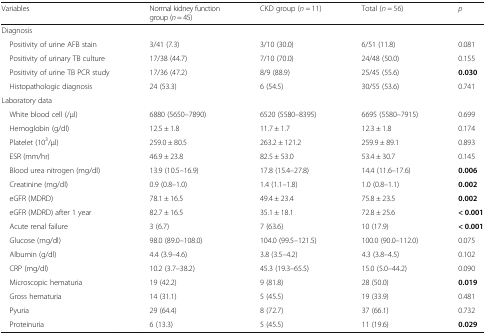
<table><thead><tr><td><b>Variables</b></td><td><b>Normal kidney function group (<i>n</i> = 45)</b></td><td><b>CKD group (<i>n</i> = 11)</b></td><td><b>Total (<i>n</i> = 56)</b></td><td><b><i>p</i></b></td></tr></thead><tbody><tr><td colspan="5">Diagnosis</td></tr><tr><td> Positivity of urine AFB stain</td><td>3/41 (7.3)</td><td>3/10 (30.0)</td><td>6/51 (11.8)</td><td>0.081</td></tr><tr><td> Positivity of urinary TB culture</td><td>17/38 (44.7)</td><td>7/10 (70.0)</td><td>24/48 (50.0)</td><td>0.155</td></tr><tr><td> Positivity of urine TB PCR study</td><td>17/36 (47.2)</td><td>8/9 (88.9)</td><td>25/45 (55.6)</td><td><b>0.030</b></td></tr><tr><td> Histopathologic diagnosis</td><td>24 (53.3)</td><td>6 (54.5)</td><td>30/55 (53.6)</td><td>0.741</td></tr><tr><td colspan="5">Laboratory data</td></tr><tr><td> White blood cell (/μl)</td><td>6880 (5650–7890)</td><td>6520 (5580–8395)</td><td>6695 (5580–7915)</td><td>0.699</td></tr><tr><td> Hemoglobin (g/dl)</td><td>12.5 ± 1.8</td><td>11.7 ± 1.7</td><td>12.3 ± 1.8</td><td>0.174</td></tr><tr><td> Platelet (10<sup>3</sup>/μl)</td><td>259.0 ± 80.5</td><td>263.2 ± 121.2</td><td>259.9 ± 89.1</td><td>0.893</td></tr><tr><td> ESR (mm/hr)</td><td>46.9 ± 23.8</td><td>82.5 ± 53.0</td><td>53.4 ± 30.7</td><td>0.145</td></tr><tr><td> Blood urea nitrogen (mg/dl)</td><td>13.9 (10.5–16.9)</td><td>17.8 (15.4–27.8)</td><td>14.4 (11.6–17.6)</td><td><b>0.006</b></td></tr><tr><td> Creatinine (mg/dl)</td><td>0.9 (0.8–1.0)</td><td>1.4 (1.1–1.8)</td><td>1.0 (0.8–1.1)</td><td><b>0.002</b></td></tr><tr><td> eGFR (MDRD)</td><td>78.1 ± 16.5</td><td>49.4 ± 23.4</td><td>75.8 ± 23.5</td><td><b>0.002</b></td></tr><tr><td> eGFR (MDRD) after 1 year</td><td>82.7 ± 16.5</td><td>35.1 ± 18.1</td><td>72.8 ± 25.6</td><td><b>&lt; 0.001</b></td></tr><tr><td> Acute renal failure</td><td>3 (6.7)</td><td>7 (63.6)</td><td>10 (17.9)</td><td><b>&lt; 0.001</b></td></tr><tr><td> Glucose (mg/dl)</td><td>98.0 (89.0–108.0)</td><td>104.0 (99.5–121.5)</td><td>100.0 (90.0–112.0)</td><td>0.075</td></tr><tr><td> Albumin (g/dl)</td><td>4.4 (3.9–4.6)</td><td>3.8 (3.5–4.2)</td><td>4.3 (3.8–4.5)</td><td>0.102</td></tr><tr><td> CRP (mg/dl)</td><td>10.2 (3.7–38.2)</td><td>45.3 (19.3–65.5)</td><td>15.0 (5.0–44.2)</td><td>0.090</td></tr><tr><td> Microscopic hematuria</td><td>19 (42.2)</td><td>9 (81.8)</td><td>28 (50.0)</td><td><b>0.019</b></td></tr><tr><td> Gross hematuria</td><td>14 (31.1)</td><td>5 (45.5)</td><td>19 (33.9)</td><td>0.481</td></tr><tr><td> Pyuria</td><td>29 (64.4)</td><td>8 (72.7)</td><td>37 (66.1)</td><td>0.732</td></tr><tr><td> Proteinuria</td><td>6 (13.3)</td><td>5 (45.5)</td><td>11 (19.6)</td><td><b>0.029</b></td></tr></tbody></table>